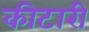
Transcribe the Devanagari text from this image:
कीटारी